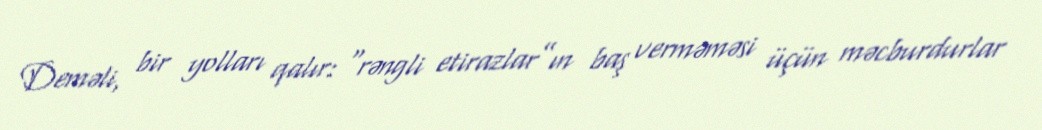
Deməli, bir yolları qalır: “rəngli etirazlar”ın baş verməməsi üçün məcburdurlar